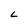
Character: L